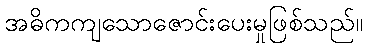
အဓိကကျသောဇောင်းပေးမှုဖြစ်သည်။